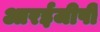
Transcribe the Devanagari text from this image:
आरईजीपी